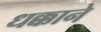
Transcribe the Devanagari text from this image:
धक्काने